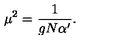
\mu ^ { 2 } = { \frac { 1 } { g N \alpha ^ { \prime } } } .